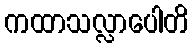
ကထာသလ္လာပေါတိ